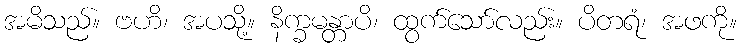
အမိသည်။ ဗဟိ၊ အပသို့။ နိက္ခမန္တာပိ၊ ထွက်သော်လည်း။ ပိတရံ၊ အဖကို။